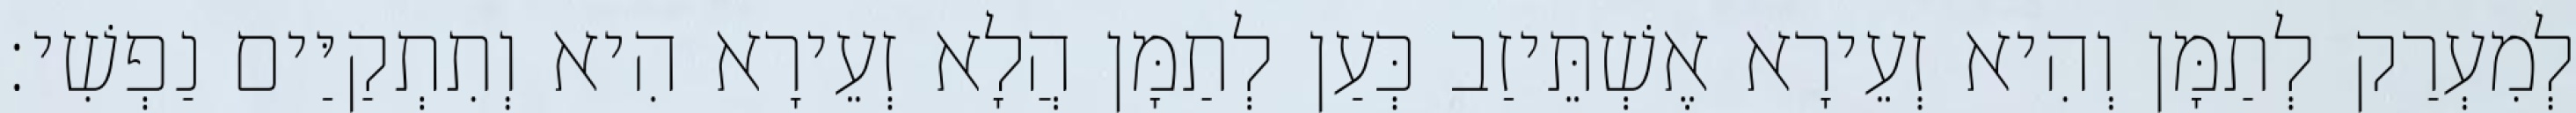
לְמִעְרַק לְתַמָּן וְהִיא זְעֵירָא אֶשְׁתֵּיזַב כְּעַן לְתַמָּן הֲלָא זְעֵירָא הִיא וְתִתְקַיַּים נַפְשִׁי׃